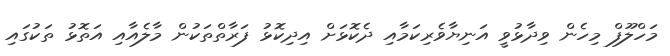
މަހްލޫފް މިހެން ވިދާޅުވީ އަނިޔާވެރިކަމާއި ދެކޮޅަށް އިދިކޮޅު ފަރާތްތަކުން މާލެއާއި އަތޮޅު ތަކުގައި